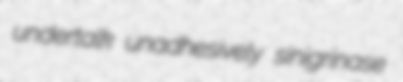
undertalk unadhesively sinigrinase